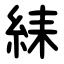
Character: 䋘